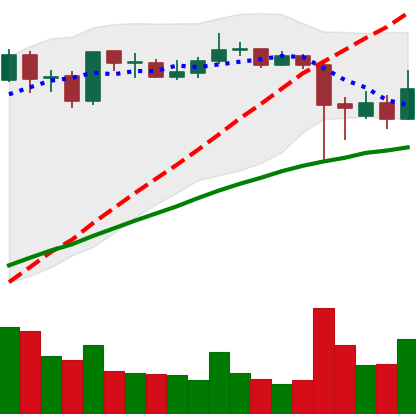
Ticker: ADA-USD
Chart end date: 2021-09-11
Forward return: -8.086%
Label: down_7plus